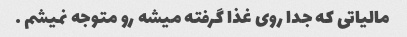
مالیاتی که جدا روی غذا گرفته میشه رو متوجه نمیشم …